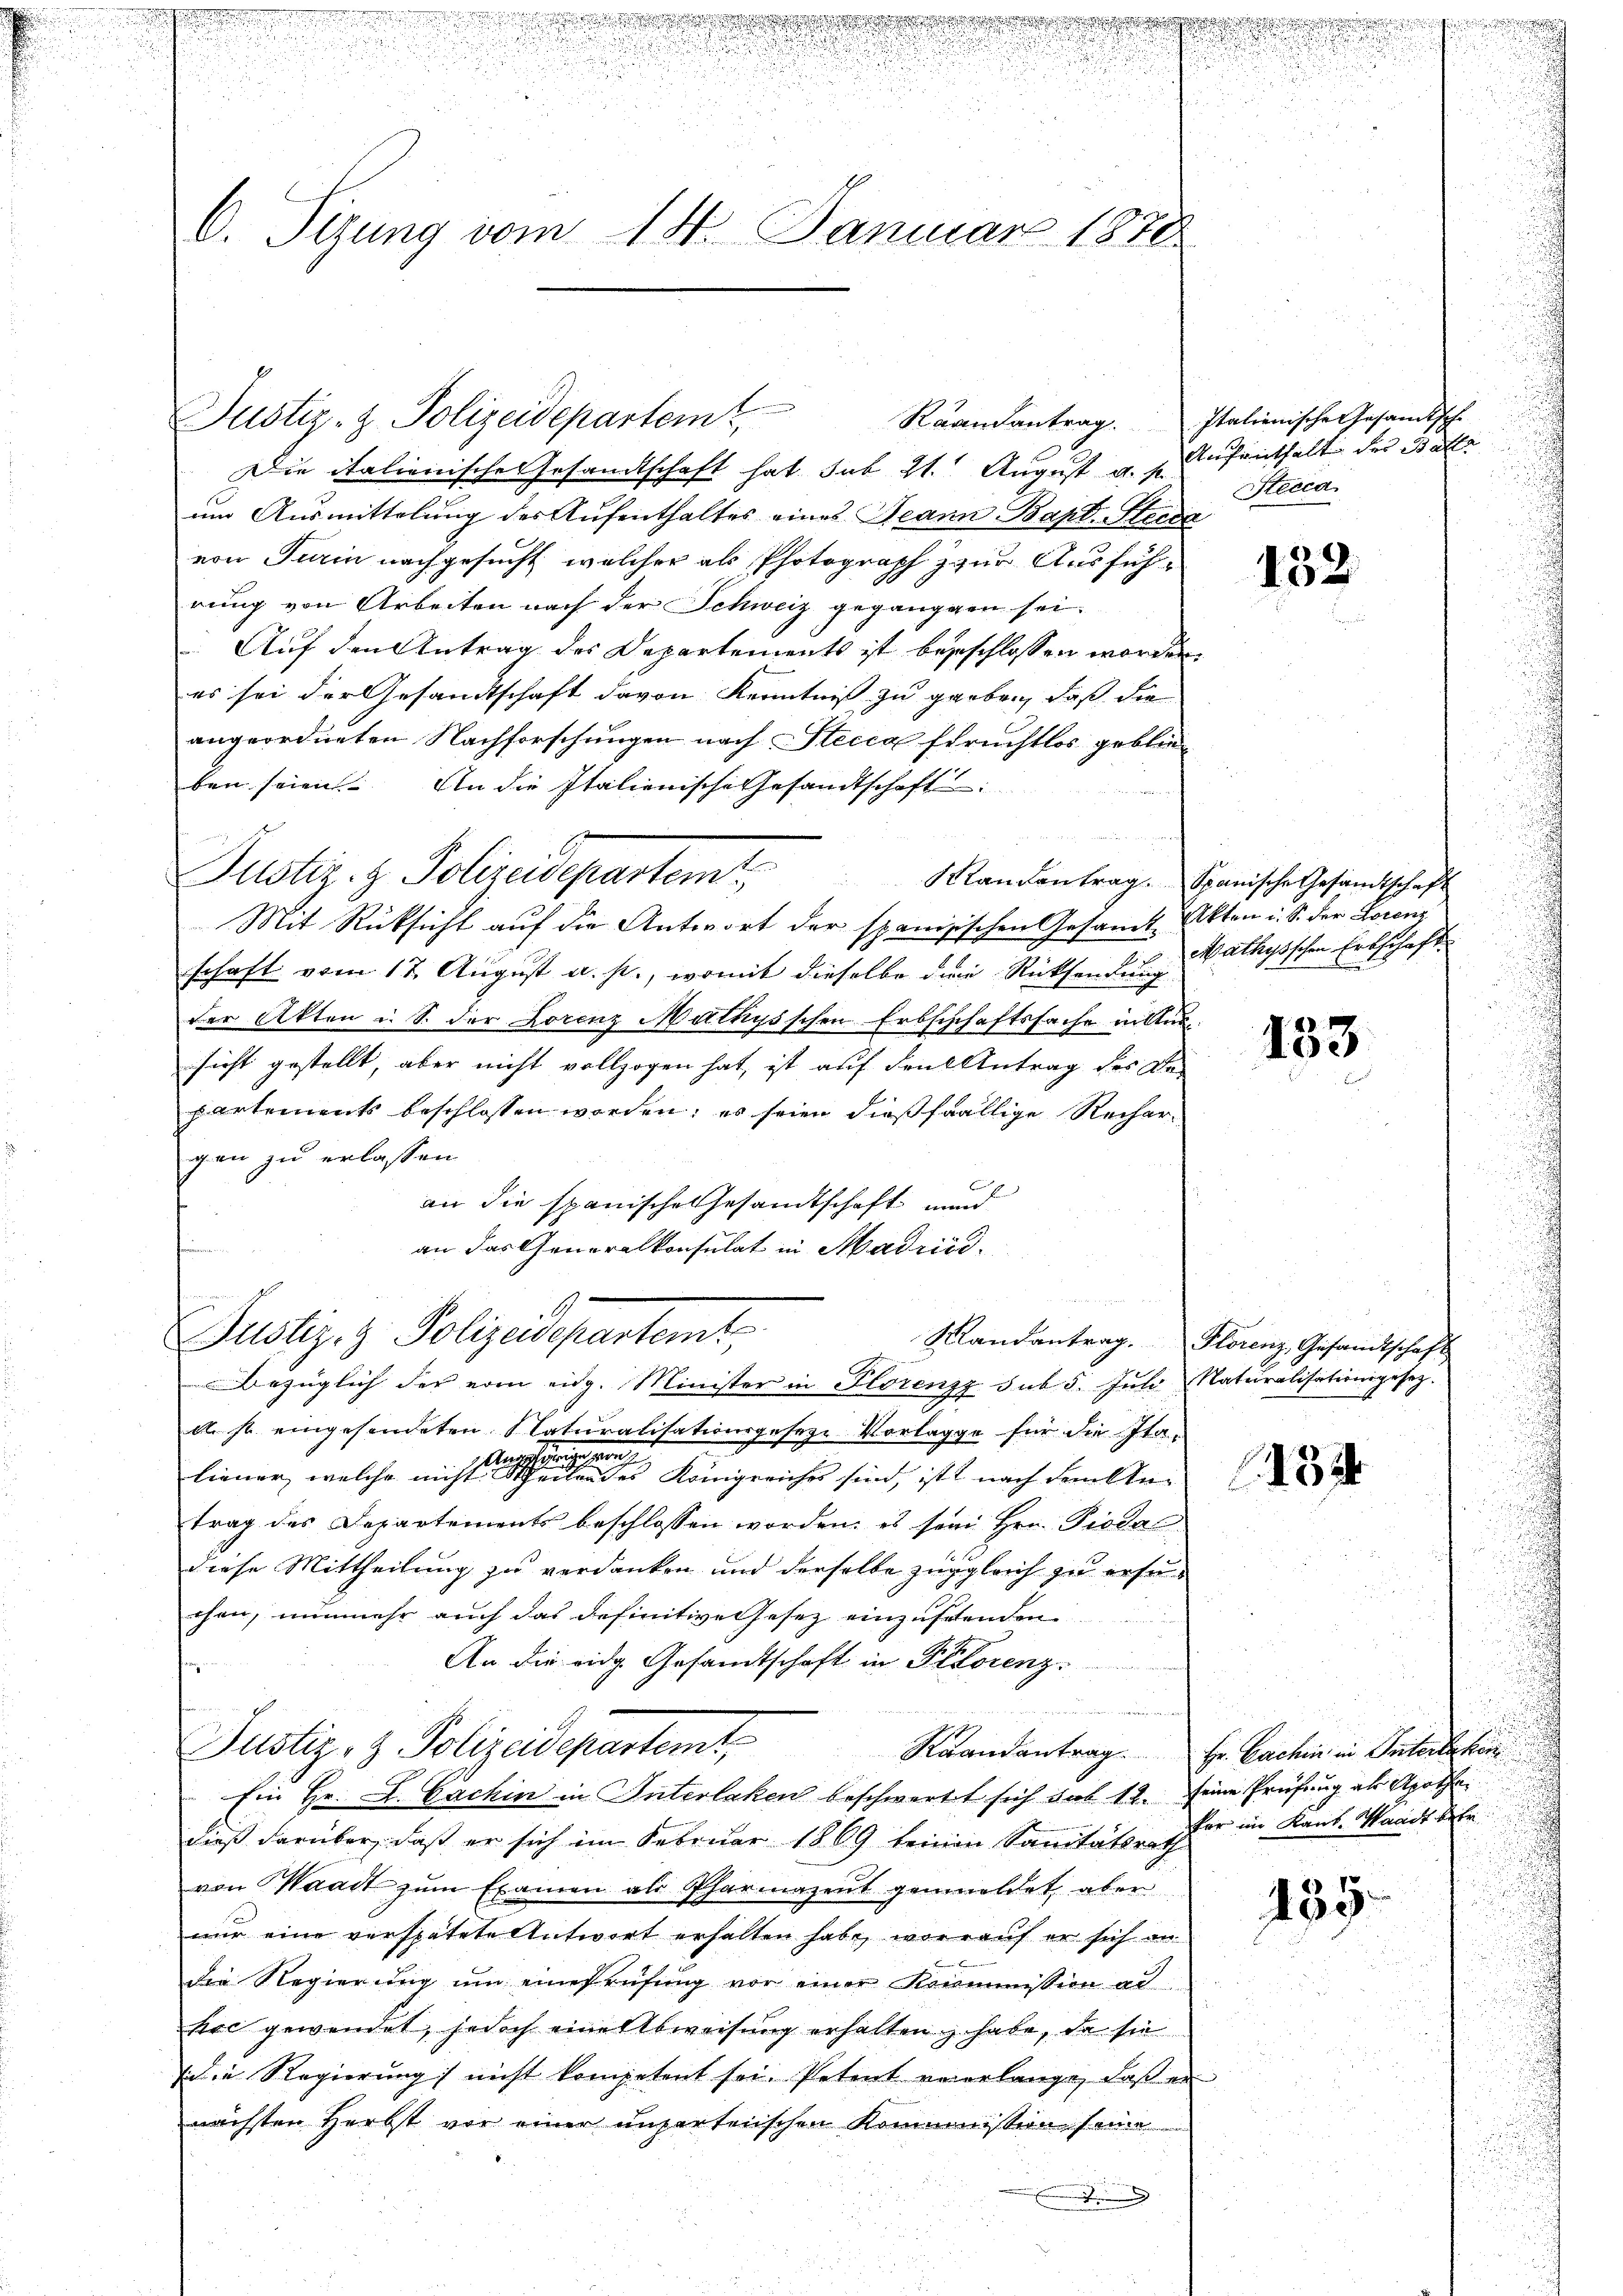
n

dah
2

i

.
C. Sizung vom 14. Januar 1878

Justiz- & Polizeidepartemt,
Raandantrag.

Die italienische Gesandtschaft hat sub 21. August u. s. Aufenthalt der Balle
um Ausmittelung der Aufenthaltes eines Jeann Bapt. Steida
von Turin nachgesucht, welcher als Photograph zur Ausführung von Arbeiten nach der Schweiz geganggen sei.
Auf den Antrag des Departements ist beschlossen worden,
es sei der Gesandtschaft davon Kenntniß zu garben, daß die
angeordneten Nachforschungen nach Stecca spruchtlos geblieben seien. An die Italienische Gesandtschaft
Mit Rücksicht auf die Antwort der spanisischen Gesamt Akten u. S. der Lorenz
schaft vom 17. August a. p., womit dieselbe die Rücksendung
der Akten u. S. der Lorenz Mathysschen Erbschchaftssache in Aussicht gestellt, aber nicht vollzogen hat, ist auf den Antrag des De-
partements beschlossen worden; es seien dießfällige Rechergen zu erlassen.
an die spanische Gesandtschaft und
an das Generalkonsulat in Madrid.
i
Justiz- & Polizeidepartemt,
bezüglich der vom eidg. Minister in Florenzz sub 5. Juli, Naturalisationsgesetz-
A. st eingesendeten Naturalisationsgeseze Vorlagge für die Ita¬
Anschlingegang
liener, welche nicht theilen des Königreiches sind, ist nach dem An- |
trag des Departements beschlossen worden, es sein Hrn. Piodas
diese Mittheilung zu verdanken und derselbe zugleich zu ersuchen, nunmehr auch das definitive Gesetz einzusehenden
An die eidg. Gesandtschaft in Pilorenz.
.Man der
Justiz- & Polizeidepartemt,
Ein Hr. A. Lachin in Interlaken beschwertet sich sub 14. seine Prüfung als Apothedieß darüber, daß er sich im Februar 1869 keinen Sanitäter für im Kant. Waadt der
von Waadt zŭm Examen als Pharmazent gemeldet, aber
nur eine verspätete Antwort erhalten habe, worauf er sich an
die Regierŭng ŭm eine Prüfŭng vor einer Kommission al
kre gewendet, jedoch eine Abweisung erhalten habe, da sie
die Regierung nicht kompetent sei. Petent vererlange, daß er
nächsten Herbst vor einer unserteiischen Kommission seine

Puster. H. Polizeidepartemt

n
i

Italienische Gesamtsche
Stecca

Randantrag. Florenz, Gesandtschaft

Mandantrag. Spanische Gesandtschaft

u

d

132

Mathysischen Erbschaft

133

132

Raandantrag Fr. Bachen in Paterlaken
435